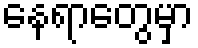
နေရာတွေမှာ